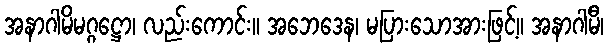
အနာဂါမိမဂ္ဂဋ္ဌော၊ လည်းကောင်း။ အဘေဒေန၊ မပြားသောအားဖြင့်။ အနာဂါမီ၊